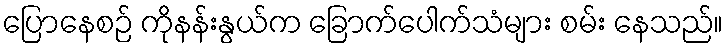
ပြောနေစဉ် ကိုနန်းနွယ်က ခြောက်ပေါက်သံများ စမ်း နေသည်။